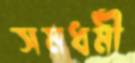
সমধর্মী